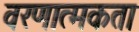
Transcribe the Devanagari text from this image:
वरणात्मकता